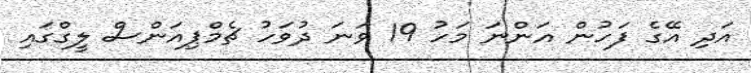
އަދި އޭގެ ފަހުން އަންނަ މަހު 19 ވަނަ ދުވަހު ޗެމްޕިއަންސް ލީގްގައި